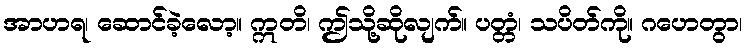
အာဟရ၊ ဆောင်ခဲ့လော့။ ဣတိ၊ ဤသို့ဆိုလျက်။ ပတ္တံ၊ သပိတ်ကို။ ဂဟေတွာ၊